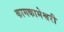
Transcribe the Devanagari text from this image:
कामकामेश्वरी